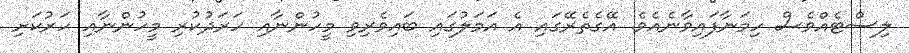
ލިސްޓެއްވެސް ހިމަނާފައިވާނެއެވެ. އޭގެތެރޭގައި އެ އަމަލުގައި ބައިވެރިވި މީހުންނާއި ހަރަދުކުރި މީހުންނާއި ހަރުކަށި